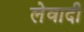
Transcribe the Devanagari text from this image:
लेवादी